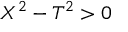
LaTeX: X ^ { 2 } - T ^ { 2 } > 0